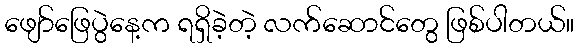
ဖျော်ဖြေပွဲနေ့က ရရှိခဲ့တဲ့ လက်ဆောင်တွေ ဖြစ်ပါတယ်။